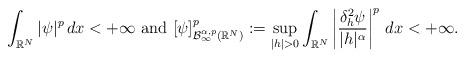
LaTeX: \begin{align*}\int_{\mathbb{R}^N} |\psi|^p\,dx<+\infty\mbox{ and }[\psi]_{\mathcal{B}^{\alpha,p}_\infty(\mathbb{R}^N)}^p:=\sup_{|h|>0}\int_{\mathbb{R}^N} \left|\frac{\delta^2_h \psi}{|h|^\alpha}\right|^p\,dx<+\infty.\end{align*}